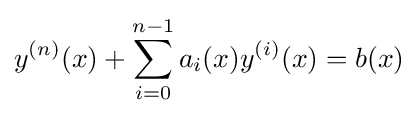
y^{(n)}(x)+\sum _{i=0}^{n-1}a_{i}(x)y^{(i)}(x)=b(x)